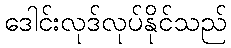
ဒေါင်းလုဒ်လုပ်နိုင်သည်